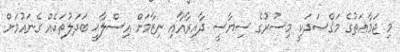
މި ޖަމާޢަތުގެ މަޤްޞަދަކީ މިސުރުގެ ސިޔާސީ ދާއިރާއާއި ނިޒާމަށް އިސްލާޙީ ބަދަލުތަކެއް ގެނައުމަށް